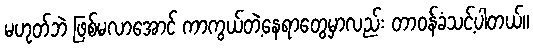
မဟုတ်ဘဲ ဖြစ်မလာအောင် ကာကွယ်တဲ့နေရာတွေမှာလည်း တာဝန်ခံသင့်ပါတယ်။